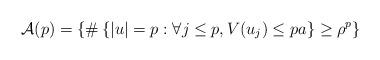
LaTeX: \begin{align*} \mathcal{A}(p) = \left\{ \# \left\{ |u| = p : \forall j \leq p, V(u_j) \leq pa \right\} \geq \rho^p \right\}\end{align*}